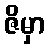
ဇိမှာ